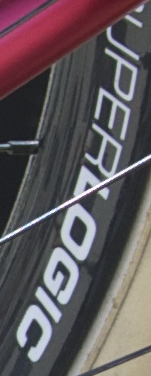
UPERLOGIC